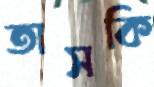
তাসকি